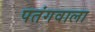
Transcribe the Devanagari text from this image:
पतंगवाला